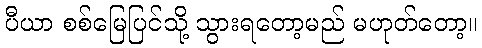
ပီယာ စစ်မြေပြင်သို့ သွားရတော့မည် မဟုတ်တော့။